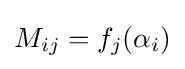
M_{ij}=f_{j}(\alpha _{i})